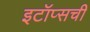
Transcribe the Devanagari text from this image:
इटॉप्सची